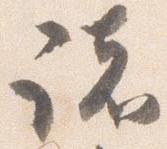
諸